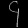
Digit: ၄